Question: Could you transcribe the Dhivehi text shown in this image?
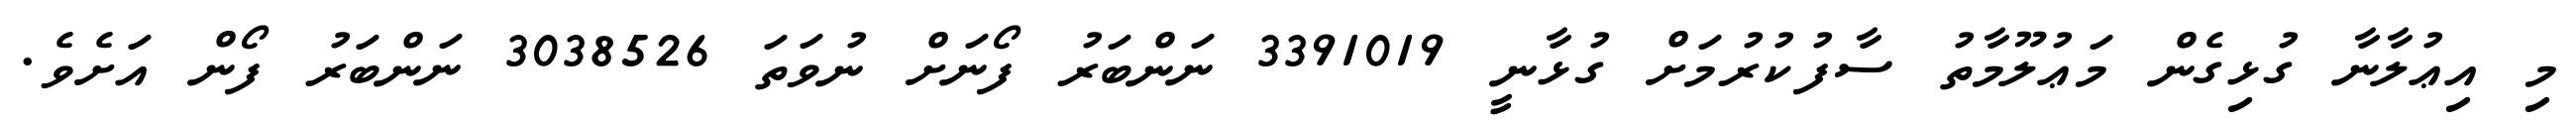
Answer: މި އިޢުލާނާ ގުޅިގެން މަޢުލޫމާތު ސާފުކުރުމަށް ގުޅާނީ 3391019 ނަންބަރު ފޯނަށް ނުވަތަ 3038526 ނަންބަރު ފޯން އަށެވެ.